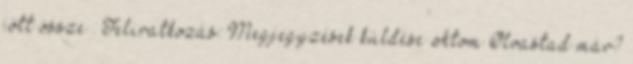
jött össze : Feliratkozás: Megjegyzések küldése Atom Olvastad már?